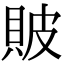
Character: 貱